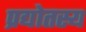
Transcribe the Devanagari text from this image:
प्रद्योतस्य